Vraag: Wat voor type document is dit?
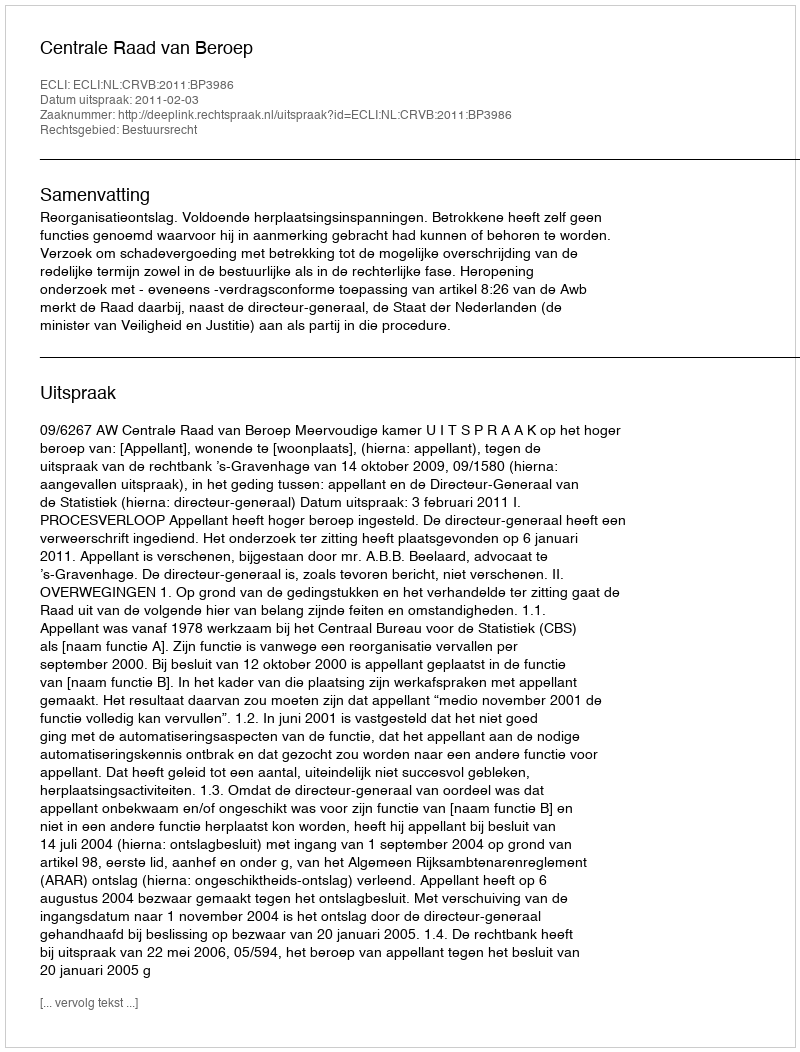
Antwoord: Uitspraak